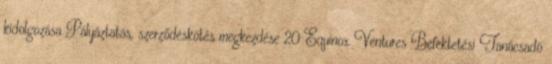
kidolgozása Pályáztatás, szerződéskötés megkezdése 20 Equinox Ventures Befektetési Tanácsadó